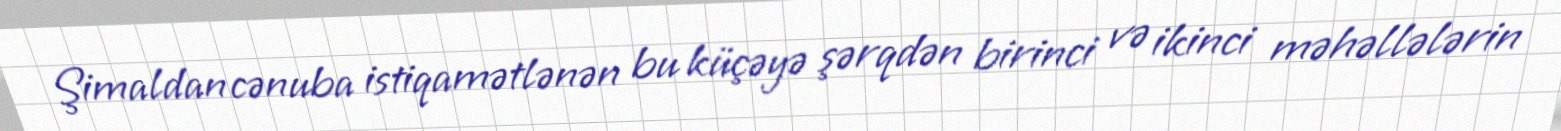
Şimaldan cənuba istiqamətlənən bu küçəyə şərqdən birinci və ikinci məhəllələrin